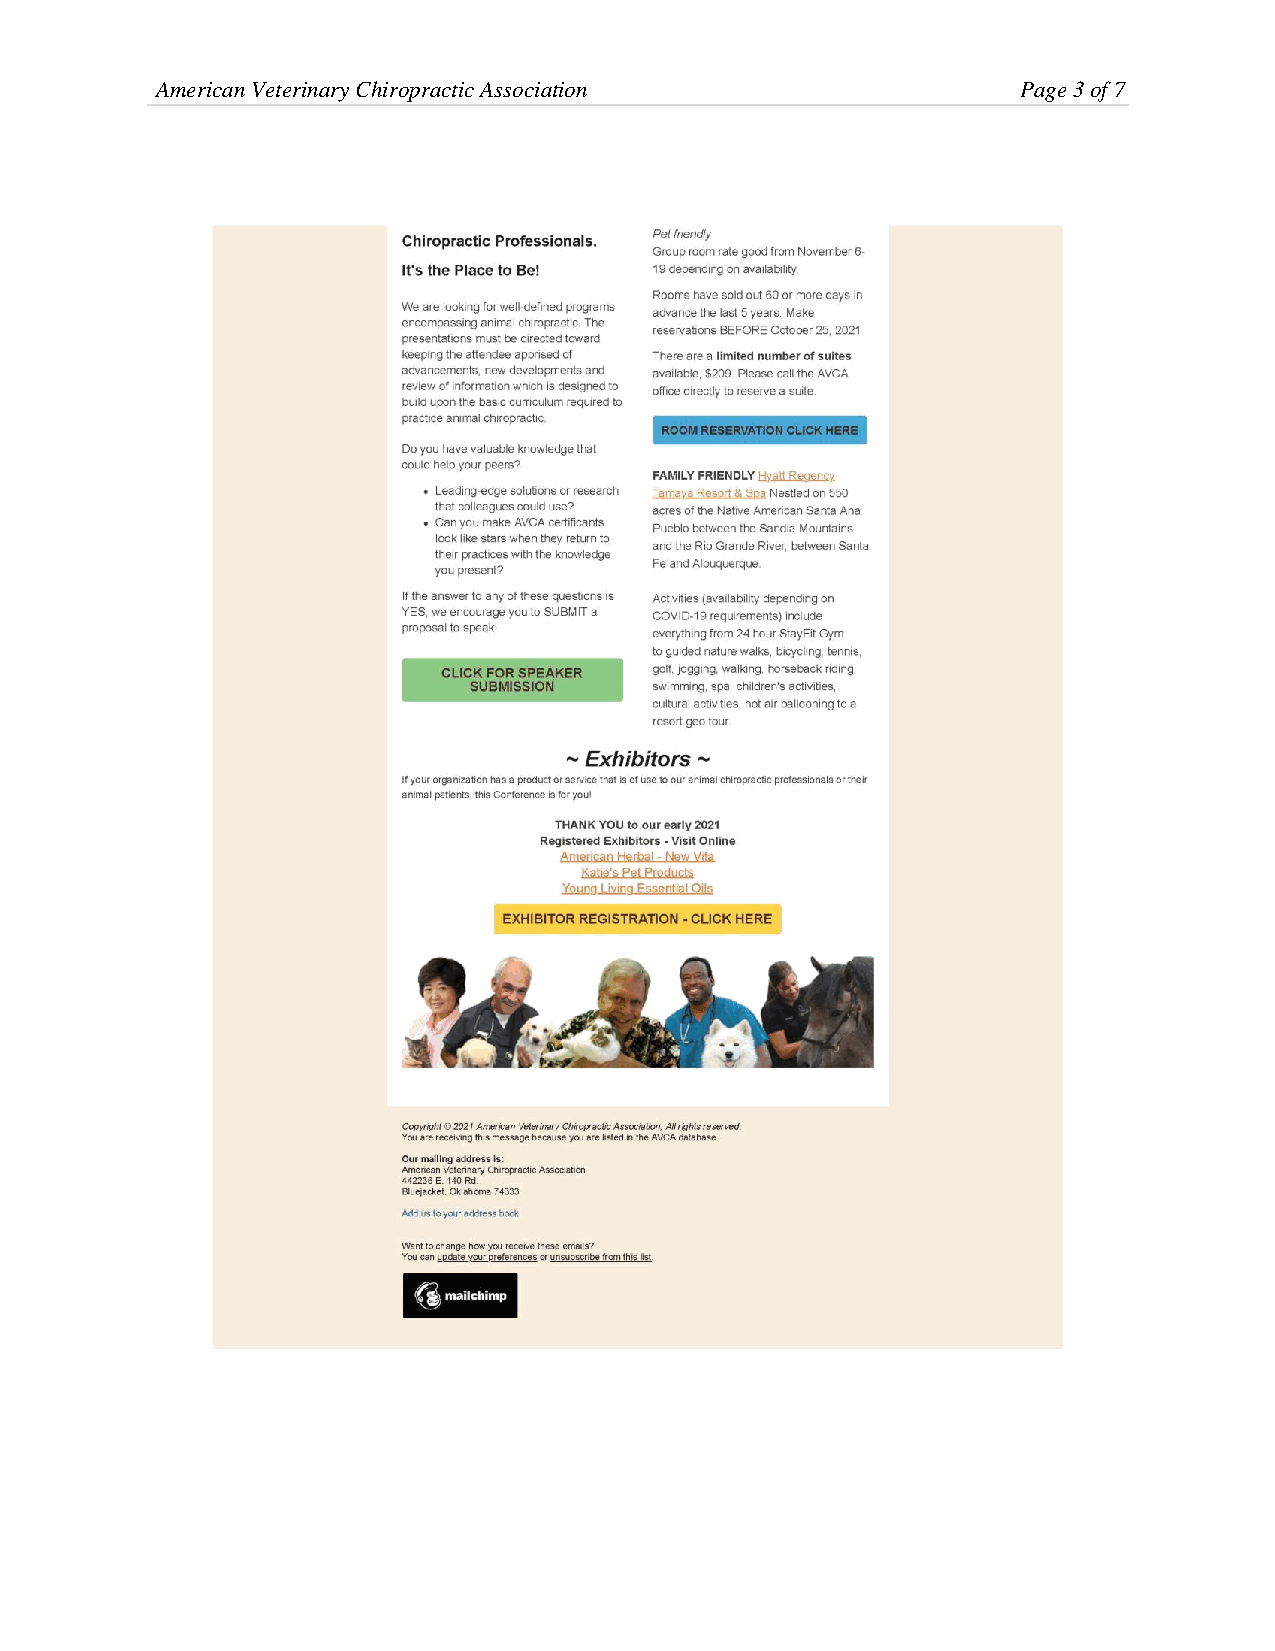
American Veterinary Chiropractic Association              Page 3 of 7